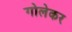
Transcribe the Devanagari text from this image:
गोलेकर